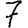
Digit: 7